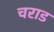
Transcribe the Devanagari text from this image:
चराड